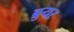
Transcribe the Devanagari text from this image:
ब्रुयर